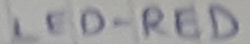
Text: LED-RED